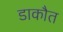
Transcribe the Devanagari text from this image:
डाकौत